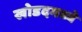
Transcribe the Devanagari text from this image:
खोडदमध्ये